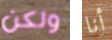
ولكن أنا